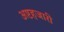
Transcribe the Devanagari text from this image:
अष्टहजारी